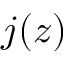
j ( z )